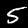
Digit: 5